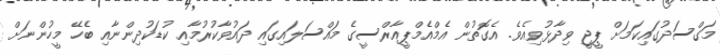
މަގްސަދުގައިކަމަށް ޕީޖީ ވިދާޅުވިއެވެ. އެގޮތުން އެމްއެމްޕީއާރްސީގެ މައްސަލައިގައި ދައުވާކުރުމާއި ކުޑަކުދިންނާއި ބެހޭ މީހުންނަށް